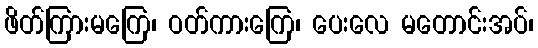
ဖိတ်ကြားမကြေ၊ ဝတ်ကားကြေ၊ ပေးလေ မတောင်းအပ်၊